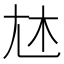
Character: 𡯐